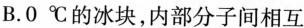
B.0℃的冰块，内部分子间相互